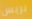
بريس